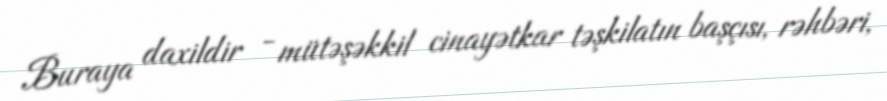
Buraya daxildir - mütəşəkkil cinayətkar təşkilatın başçısı, rəhbəri,